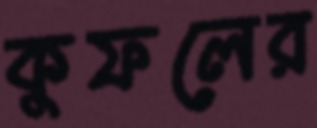
কুফলের